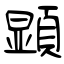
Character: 顕